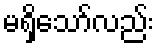
မရှိသော်လည်း